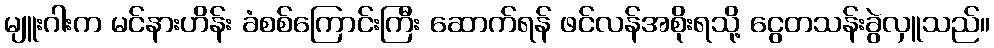
မျူးဂါးက မင်နားဟိန်း ခံစစ်ကြောင်းကြီး ဆောက်ရန် ဖင်လန်အစိုးရသို့ ငွေတသန်းခွဲလှူသည်။